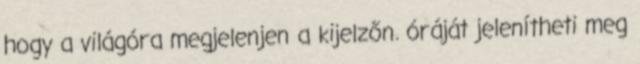
hogy a világóra megjelenjen a kijelzőn. óráját jelenítheti meg